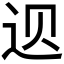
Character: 𲅑